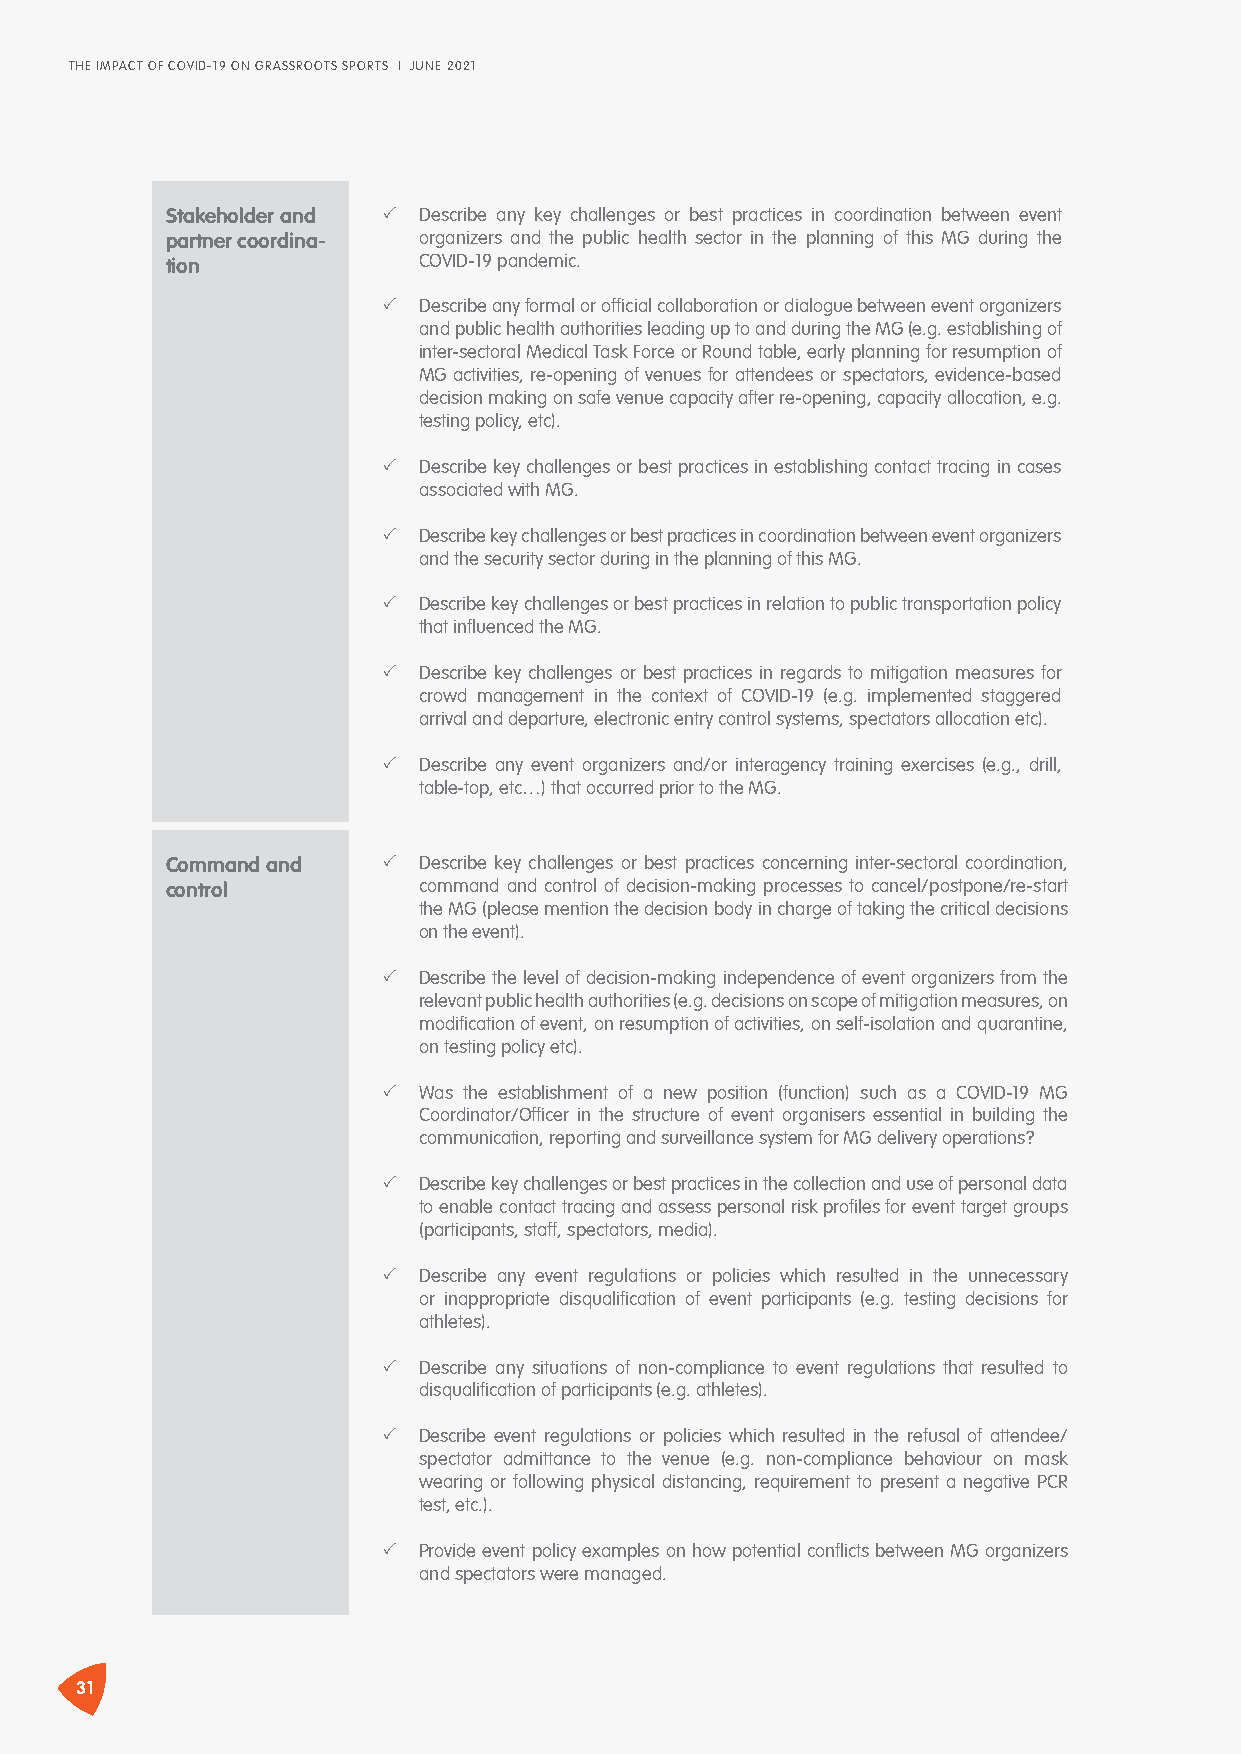
THE IMPACT OF COVID-19 ON GRASSROOTS SPORTS I JUNE 2021
 Stakeholder and � Describe any key challenges or best practices in coordination between event
 partner coordina- organizers and the public health sector in the planning of this MG during the
 tion             COVID-19 pandemic.
 �  Describe any formal or official collaboration or dialogue between event organizers
 and public health authorities leading up to and during the MG (e.g. establishing of
 inter-sectoral Medical Task Force or Round table, early planning for resumption of
 MG activities, re-opening of venues for attendees or spectators, evidence-based
 decision making on safe venue capacity after re-opening, capacity allocation, e.g.
 testing policy, etc).
 �  Describe key challenges or best practices in establishing contact tracing in cases
 associated with MG.
 �  Describe key challenges or best practices in coordination between event organizers
 and the security sector during in the planning of this MG.
 �  Describe key challenges or best practices in relation to public transportation policy
 that influenced the MG.
 �  Describe key challenges or best practices in regards to mitigation measures for
 crowd management in the context of COVID-19 (e.g. implemented staggered
 arrival and departure, electronic entry control systems, spectators allocation etc).
 �  Describe any event organizers and/or interagency training exercises (e.g., drill,
 table-top, etc…) that occurred prior to the MG.
 Command and   �  Describe key challenges or best practices concerning inter-sectoral coordination,
 control          command and control of decision-making processes to cancel/postpone/re-start
 the MG (please mention the decision body in charge of taking the critical decisions
 on the event).
 �  Describe the level of decision-making independence of event organizers from the
 relevant public health authorities (e.g. decisions on scope of mitigation measures, on
 modification of event, on resumption of activities, on self-isolation and quarantine,
 on testing policy etc).
 �  Was the establishment of a new position (function) such as a COVID-19 MG
 Coordinator/Officer in the structure of event organisers essential in building the
 communication, reporting and surveillance system for MG delivery operations?
 �  Describe key challenges or best practices in the collection and use of personal data
 to enable contact tracing and assess personal risk profiles for event target groups
 (participants, staff, spectators, media).
 �  Describe any event regulations or policies which resulted in the unnecessary
 or inappropriate disqualification of event participants (e.g. testing decisions for
 athletes).
 �  Describe any situations of non-compliance to event regulations that resulted to
 disqualification of participants (e.g. athletes).
 �  Describe event regulations or policies which resulted in the refusal of attendee/
 spectator admittance to the venue (e.g. non-compliance behaviour on mask
 wearing or following physical distancing, requirement to present a negative PCR
 test, etc.).
 �  Provide event policy examples on how potential conflicts between MG organizers
 and spectators were managed.
 31